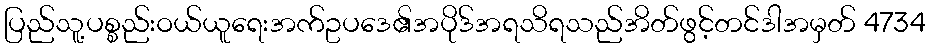
ပြည်သူ့ပစ္စည်းဝယ်ယူရေးအက်ဥပဒေ၏အပိုဒ်အရသိရသည်အိတ်ဖွင့်တင်ဒါအမှတ် 4734